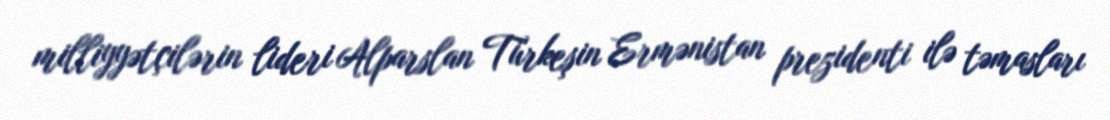
milliyyətçilərin lideri Alparslan Türkeşin Ermənistan prezidenti ilə təmasları